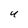
Character: U